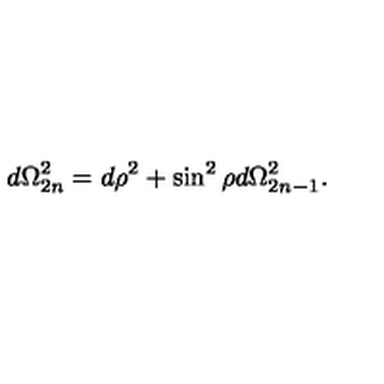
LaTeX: d \Omega _ { 2 n } ^ { 2 } = d \rho ^ { 2 } + \sin ^ { 2 } \rho d \Omega _ { 2 n - 1 } ^ { 2 } .